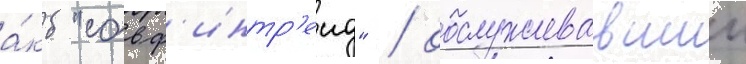
а́кб "совф'интр'еид" / обслуживавшии